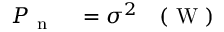
\begin{array} { r l r } { P _ { \mathrm { ~ n ~ } } } & { { } = \sigma ^ { 2 } } & { ( \mathrm { ~ W ~ } ) } \end{array}